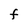
Character: f